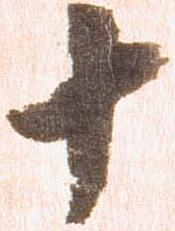
十